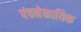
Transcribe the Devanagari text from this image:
पंचनेकायिक